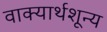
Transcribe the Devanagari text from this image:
वाक्यार्थशून्य